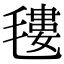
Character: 𣯫